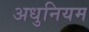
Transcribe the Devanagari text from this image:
अधुनियम